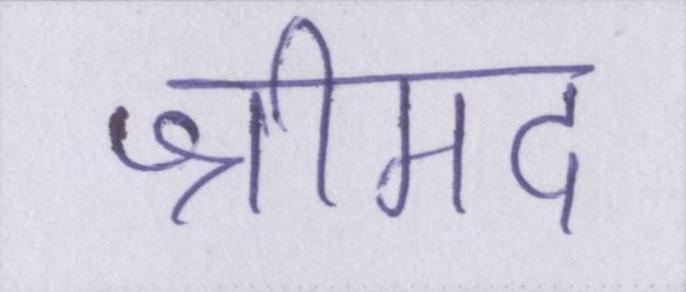
श्रीमद